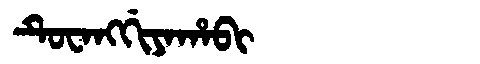
Manchu: ᡨᡠᠸᠠᠩᡤᡳᠶᠠᡥᠠᠪᡳ
Romanization: TUWANGGIYAHABI